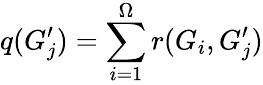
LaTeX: q(G_{j}^{\prime})=\sum_{i=1}^{\Omega}r(G_{i},G_{j}^{\prime})